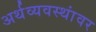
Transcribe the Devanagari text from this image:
अर्थव्यवस्थांवर